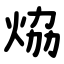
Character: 㶸